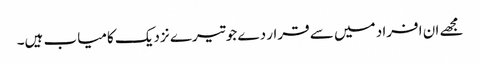
مجھے ان افراد میں سے قرار دے جو تیرے نزدیک کامیاب ہیں۔